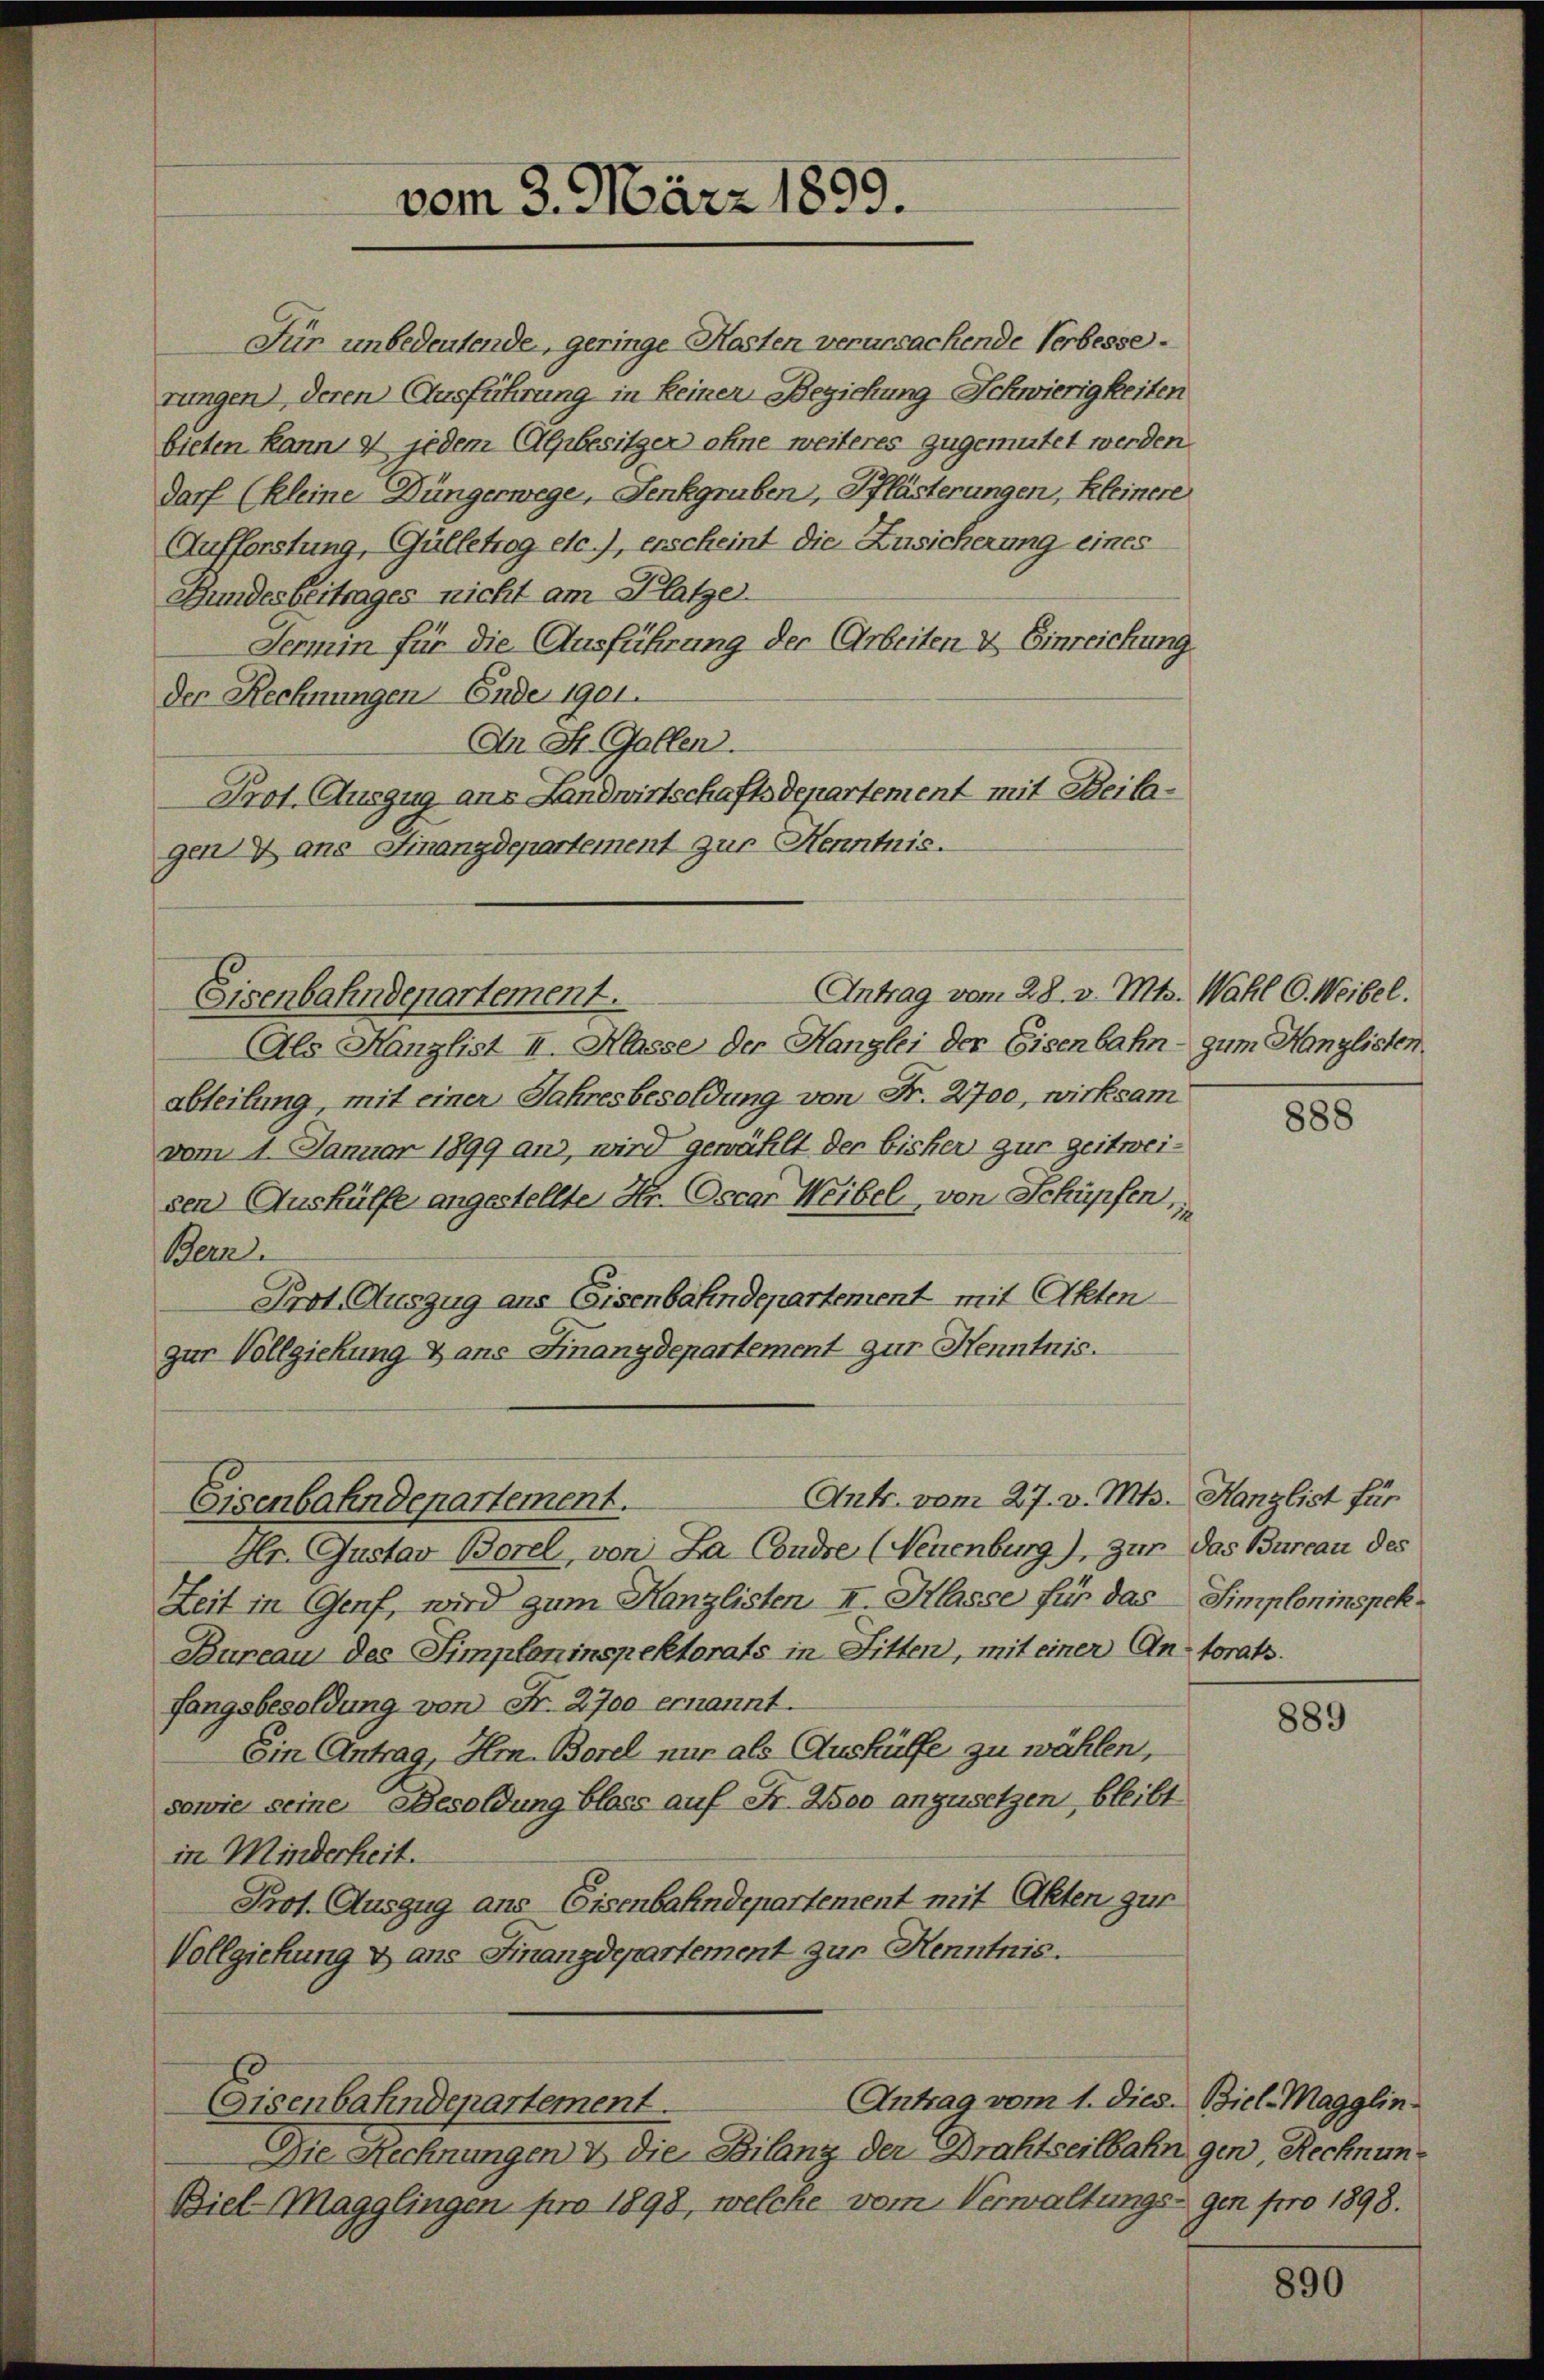
Gundesbeitrages nicht am Platze.
Fermin für die Ausführung der Arbeiten & Einreichung
der Rechnungen Ende 1901.
An St. Gallen.
Prot. Auszug aus Landwirtschaftsdepartement mit Beilagen ans Finanzdepartement zur Kenntnis.
Antrag vom 28. v. Mts. Wahl C. Weibel.
(Als Kanzlist II. Klasse der Hanglei der Eisenbahn - zum Hanglisten
abteilung mit einer Jahresbesoldung von Fr. 2700, wirksam
vom 1. Januar 1899 ans, wird gewählt der bisher zur zeitweisen Aushülfe angestellte Hr. Oscar Weibel, von Schüpfen,
Bera
Prot. Auszug aus Eisenbahndepartement mit Akten
zur Vollziehung & ans Finanzdepartement zur Henntnis.
Ants. vom 27. v. Mts. Kanzlist für
Eisenbahndepartement.
Hr. Gustav Borel, von La Condre (Neuenburg), Zur das Bureau des
Zeit in Genf, wird zum Kanzlisten II. Klasse für das Simpleninspek¬
Bureau des Simpleninspektorats in Litten, mit einer An- torats.
fangsbesoldung von Fr. 2700 ernannt.
Ein Antrag, Hrn. Borel nur als Aushülfe zu wählen,
sawie seine Besoldung bloss auf Fr. 200 anzusetzen, bleibt
in Minderheit.
Prof. Auszug aus Eisenbahndepartement mit Akten zur
Vollziehung & ans Finanzdepartement zur Kenntnis.
Antrag vom 1. dies. Biel-Magglin
Eisenbahndepartement.
Die Rechnungen & die Bilanz der Drahtseilbahn gen Rechnung
Biel Magglingen pro 1898, welche vom Verwaltungs- gen pro 1898.

vom 3. März 1859.

Eisenbahndepartement.

Für unbedeutende, geringe Kosten verursachende Verbesserungen), deren Ausführung in keinen Beziehung Schwierigkeiten
bieten kann, 9 jedem Alpbesitzer ohne weiteres zugemutet werden.
darf (kleine Düngerwege, Senkgruben, Pflästerungen, Kleinere
Aufforstung, Gülletrog etc.), erscheint die Zusicherung eines

888

889

890